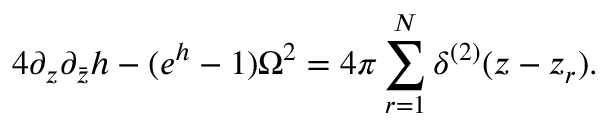
4 \partial _ { z } \partial _ { \bar { z } } h - ( e ^ { h } - 1 ) \Omega ^ { 2 } = 4 \pi \sum _ { r = 1 } ^ { N } \delta ^ { ( 2 ) } ( z - z _ { r } ) .